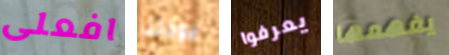
افعلى عودتنا يعرفوا يفهمها